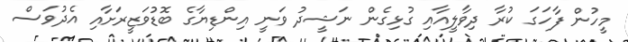
މީހުން ފާހަގަ ކުރާ ދިވާލީއާއި ގުޅިގެން ނަޝީދު ވަނީ އިންޑިޔާގެ ބޮޑުވަޒީރަށާއި އެދުވަސް